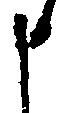
申